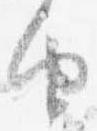
由